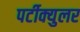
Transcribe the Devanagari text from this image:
पर्टीक्युलर